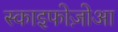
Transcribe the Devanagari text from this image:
स्काइफोज़ोआ